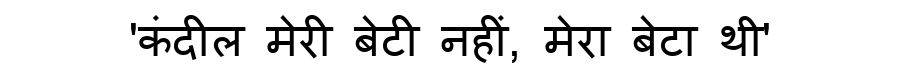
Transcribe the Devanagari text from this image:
'कंदील मेरी बेटी नहीं, मेरा बेटा थी'